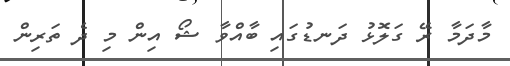
މާދަމާ ރޭ ގަލޮޅު ދަނޑުގައި ބާއްވާ ޝޯ އިން މި ދެ ތަރިން